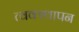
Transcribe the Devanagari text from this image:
त्वक्स्थापन